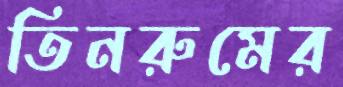
তিনরুমের